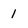
Character: 1